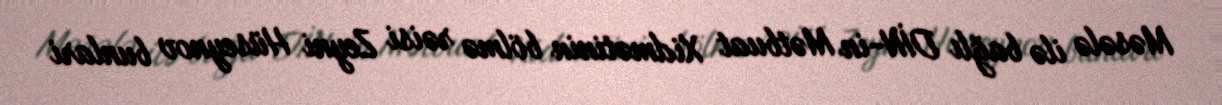
Məsələ ilə bağlı DİN-in Mətbuat Xidmətinin bölmə rəisi Zeyni Hüseynov bunlari